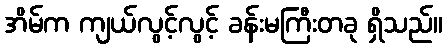
အိမ်က ကျယ်လွင့်လွင့် ခန်းမကြီးတခု ရှိသည်။